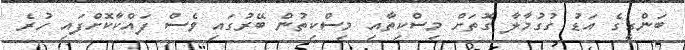
ބަންގީގެ އަޑު ގުގުމާލާ ގޮތަށް މިސްކިތާއި މިސްކިތުން ބޭރުގައި ވެސް ފައްކާކޮށްފައި ހުރެ